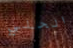
الحلي